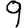
Digit: 9